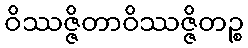
ဝိဿဇ္ဇိတာဝိဿဇ္ဇိတဉ္စ